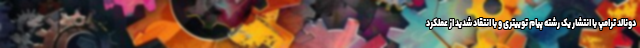
دونالد ترامپ با انتشار یک رشته پیام توییتری و با انتقاد شدید از عملکرد